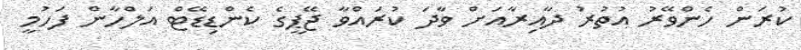
ކުރަން ހެންވޭރު އުތުރު ދާއިރާއަށް ވާދަ ކުރައްވާ ޖޭޕީގެ ކެންޑިޑޭޓް އަލްހާން ފަހުމީ